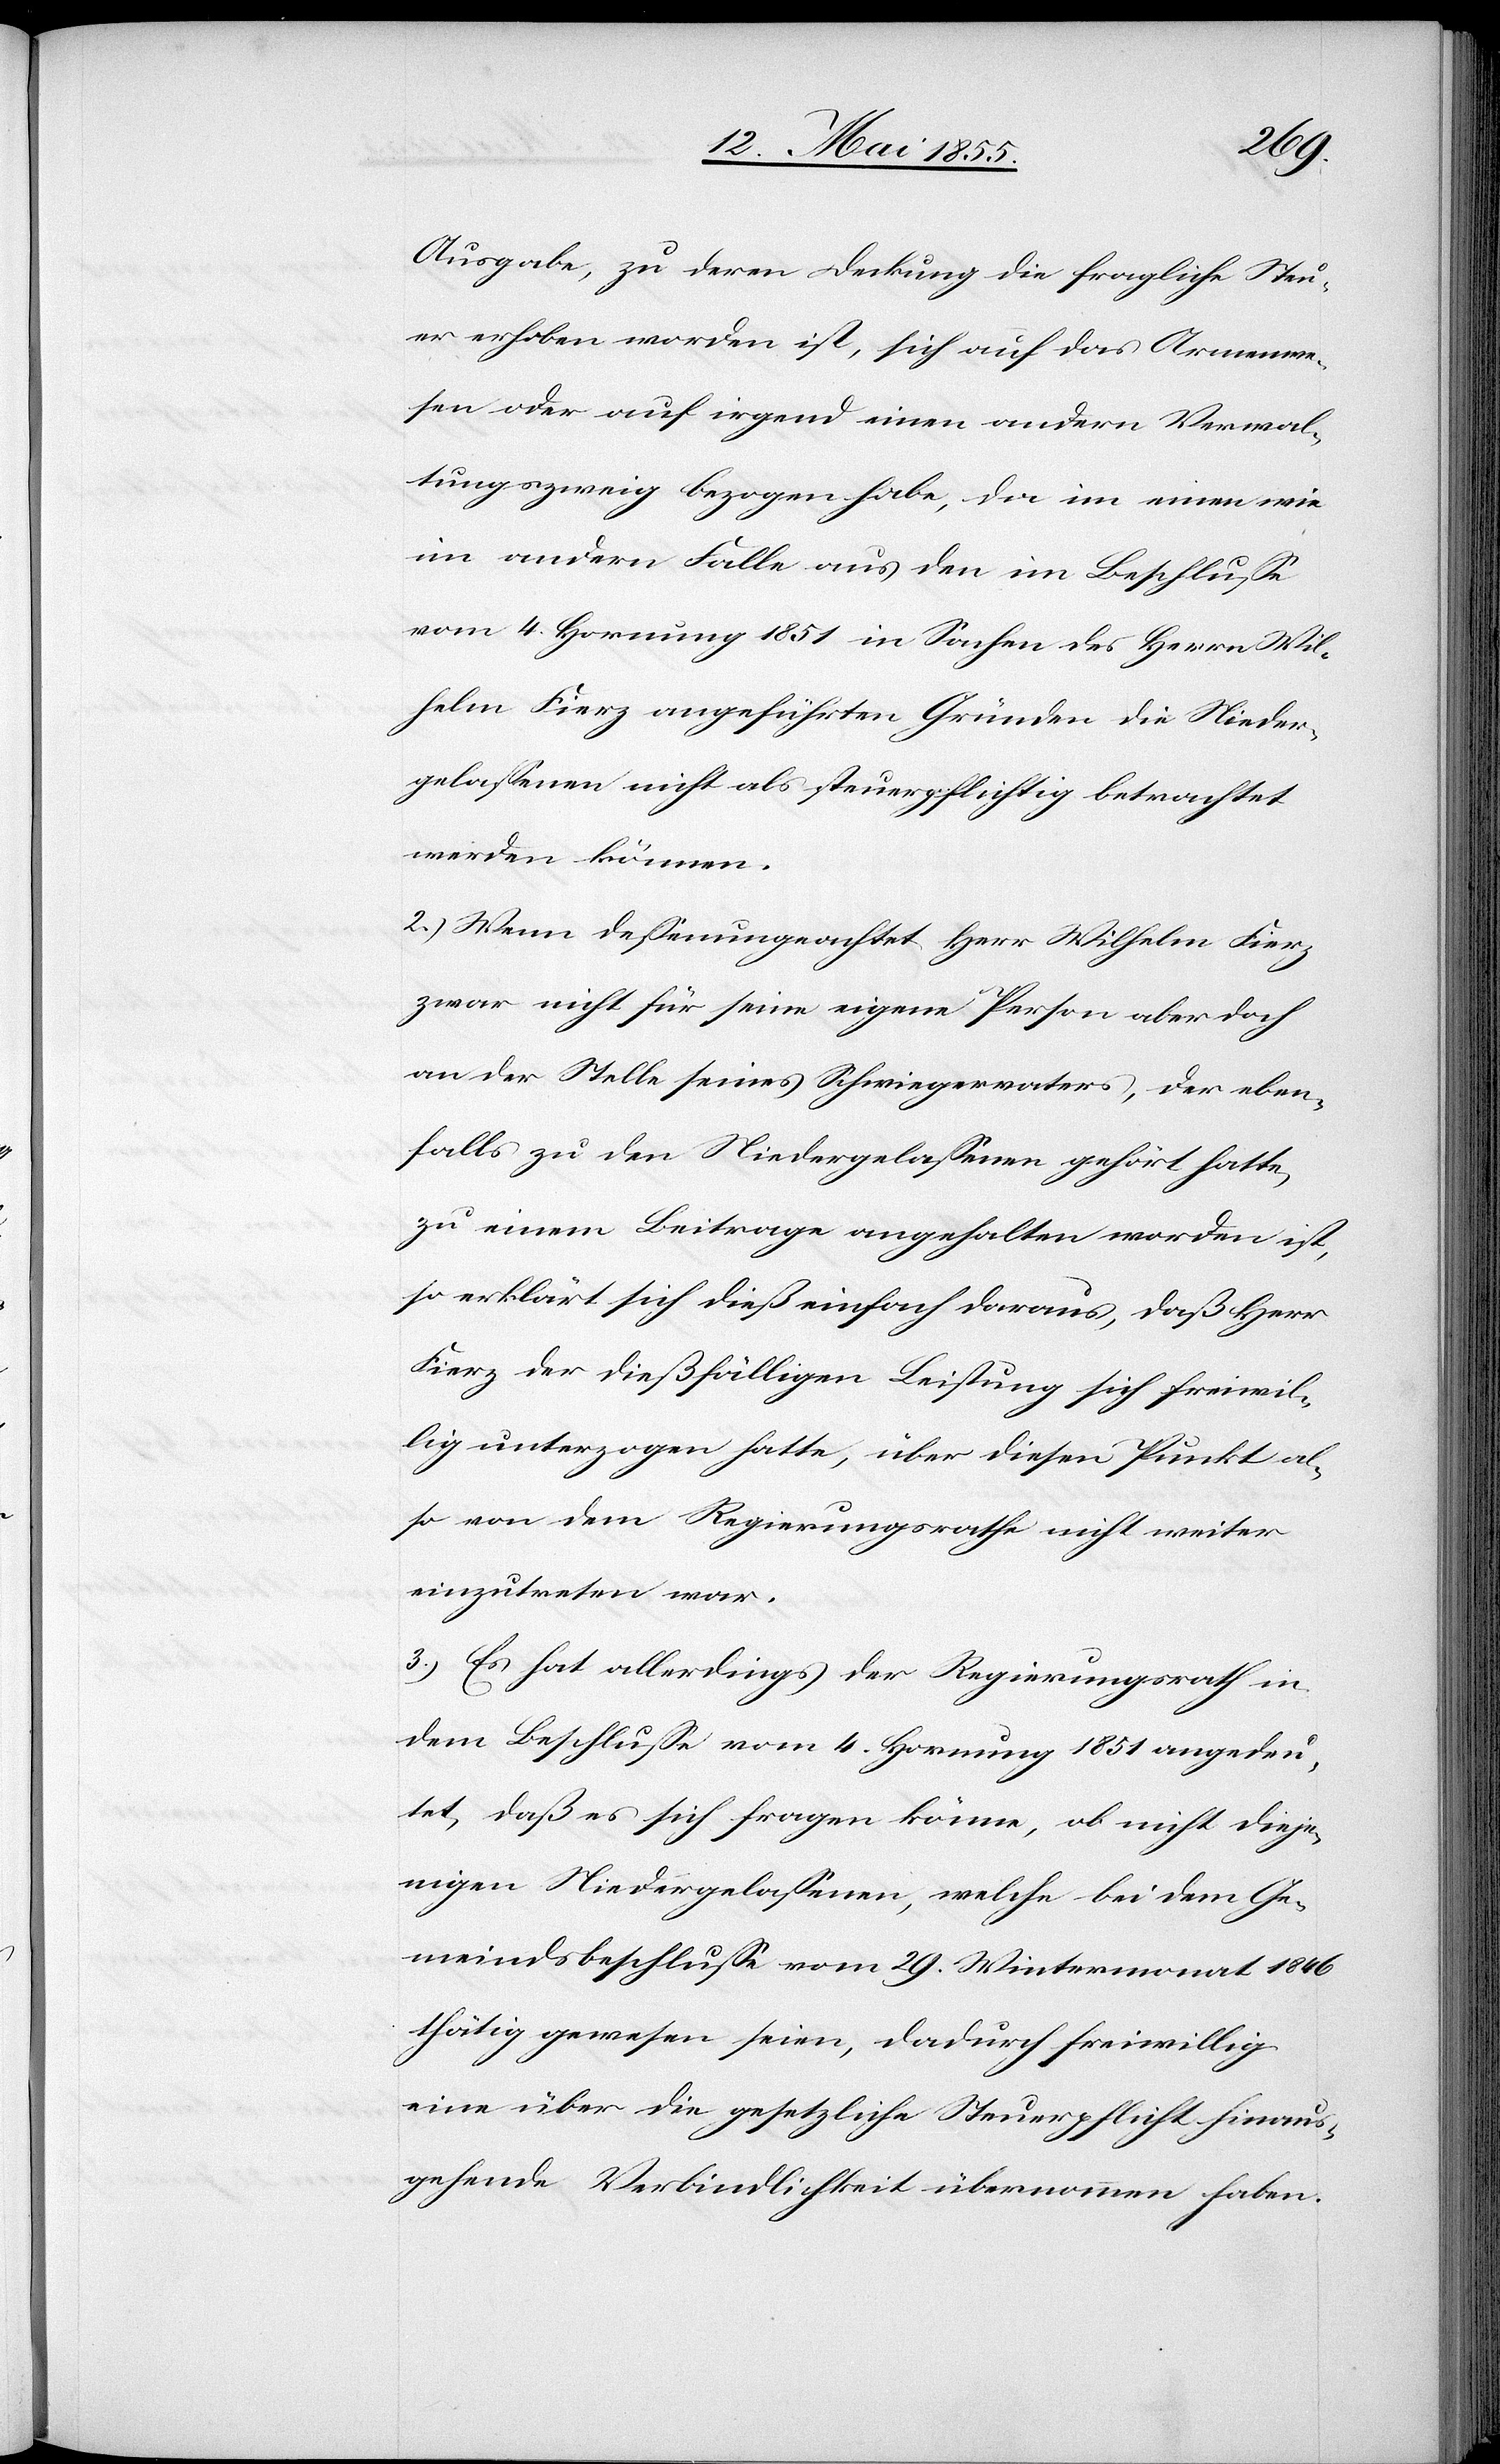
Ausgabe, zu deren Deckung die fragliche Steu¬
er erhoben worden ist, sich auf das Armenwe¬
sen oder auf irgend einen andern Verwal¬
tungszweig bezogen habe, da im einen wie
im andern Falle aus den im Beschlusse
vom 4. Hornung 1851 in Sachen des Herrn Wil¬
helm Fierz angeführten Gründen die Nieder¬
gelassenen nicht als steuerpflichtig betrachtet
werden können.
2.) Wenn dessenungeachtet Herr Wilhelm Fierz
zwar nicht für seine eigene Person aber doch
an der Stelle seines Schwiegervaters, der eben¬
falls zu den Niedergelassenen gehört hatte,
zu einem Beitrage angehalten worden ist,
so erklärt sich dieß einfach daraus, daß Herr
Fierz der dießfälligen Leistung sich freiwil¬
lig unterzogen hatte, über diesen Punkt al¬
so von dem Regierungsrathe nicht weiter
einzutreten war.
3.) Es hat allerdings der Regierungsrath in
dem Beschlusse vom 4. Hornung 1851 angedeu¬
tet, daß es sich fragen könne, ob nicht dieje¬
nigen Niedergelassenen, welche bei dem Ge¬
meindsbeschlusse vom 29. Wintermonat 1846
thätig gewesen seien, dadurch freiwillig
eine über die gesetzliche Steuerpflicht hinaus¬
gehende Verbindlichkeit übernommen haben.